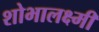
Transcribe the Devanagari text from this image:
शोभालक्ष्मी